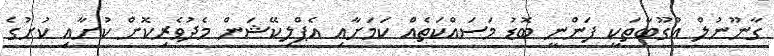
ގާނޫނުލް އުގޫބާތަކީ ފަންނީ ބޮޑު މަސައްކަތެއް ކަަމަށާއި އެޕްލިކޭޝަން މެދުވެރިކޮށް ކުށާއި ކުށުގެ